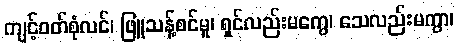
ကျင့်ဝတ်စုံလင်၊ ဖြူသန့်စင်မူ၊ ရှင်လည်းမကွေ၊ သေလည်းမကွာ၊